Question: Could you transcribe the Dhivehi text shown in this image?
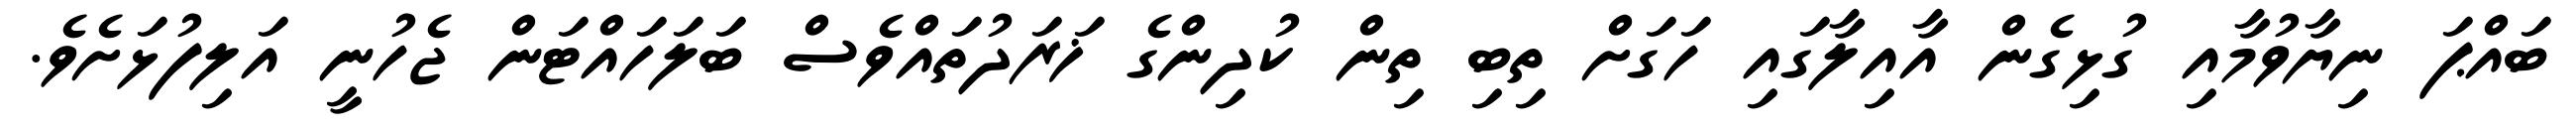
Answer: ބައްޕަ ނިޔާވުމާއި ގުޅިގެން އާއިލާގައި ހަގަށް ތިބި ތިން ކުދިންގެ ޚަރަދުތައްވެސް ބަލަހައްޓަން ޖެހުނީ އަލިފުޅަށެވެ.